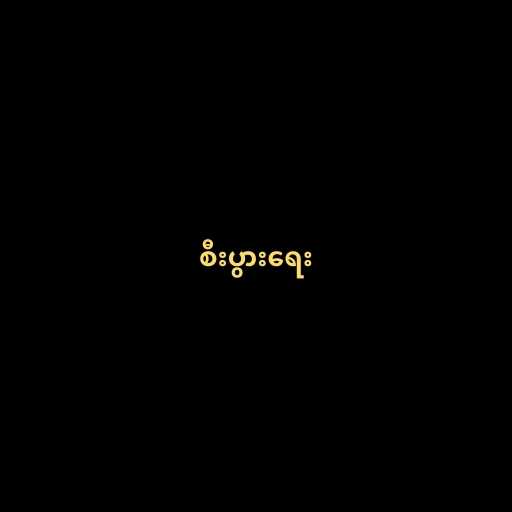
စီးပွားရေး